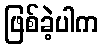
ဖြစ်ခဲ့ပါက